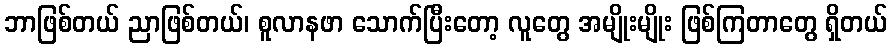
ဘာဖြစ်တယ် ညာဖြစ်တယ်၊ စူလာနဖာ သောက်ပြီးတော့ လူတွေ အမျိုးမျိုး ဖြစ်ကြတာတွေ ရှိတယ်